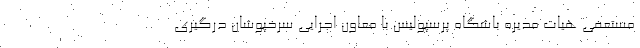
مستعفی هیات مدیره باشگاه پرسپولیس با معاون اجرایی سرخپوشان درگیری